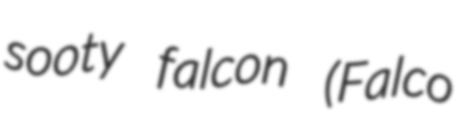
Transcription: sooty falcon (Falco